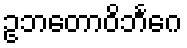
ဥဘတောဝိဘင်္ဂေ